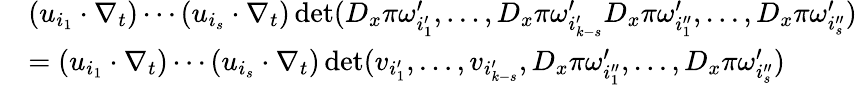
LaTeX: \begin{array}{rl}&{(u_{i_{1}}\cdot\nabla_{t})\cdots(u_{i_{s}}\cdot\nabla_{t})\operatorname*{det}(D_{x}\pi\omega_{i_{1}^{\prime}}^{\prime},\ldots,D_{x}\pi\omega_{i_{k-s}^{\prime}}^{\prime}D_{x}\pi\omega_{i_{1}^{\prime\prime}}^{\prime},\ldots,D_{x}\pi\omega_{i_{s}^{\prime\prime}}^{\prime})}\\ &{=(u_{i_{1}}\cdot\nabla_{t})\cdots(u_{i_{s}}\cdot\nabla_{t})\operatorname*{det}(v_{i_{1}^{\prime}},\ldots,v_{i_{k-s}^{\prime}},D_{x}\pi\omega_{i_{1}^{\prime\prime}}^{\prime},\ldots,D_{x}\pi\omega_{i_{s}^{\prime\prime}}^{\prime})}\end{array}